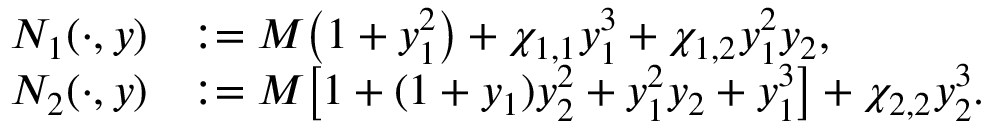
\begin{array} { r l } { N _ { 1 } ( \cdot , y ) } & { : = M \big ( 1 + y _ { 1 } ^ { 2 } \big ) + \chi _ { 1 , 1 } y _ { 1 } ^ { 3 } + \chi _ { 1 , 2 } y _ { 1 } ^ { 2 } y _ { 2 } , } \\ { N _ { 2 } ( \cdot , y ) } & { : = M \big [ 1 + ( 1 + y _ { 1 } ) y _ { 2 } ^ { 2 } + y _ { 1 } ^ { 2 } y _ { 2 } + y _ { 1 } ^ { 3 } \big ] + \chi _ { 2 , 2 } y _ { 2 } ^ { 3 } . } \end{array}